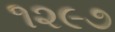
૧૨૯૭